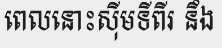
ពេលនោះស៊ីមទីពីរ នឹង